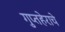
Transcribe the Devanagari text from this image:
गुप्तहेराचे